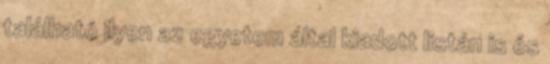
található ilyen az egyetem által kiadott listán is és